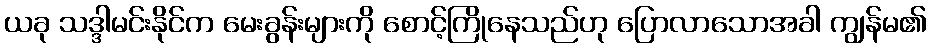
ယခု သဒ္ဒါမင်းနိုင်က မေးခွန်းများကို စောင့်ကြိုနေသည်ဟု ပြောလာသောအခါ ကျွန်မ၏